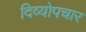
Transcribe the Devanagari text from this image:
दिव्योपचार